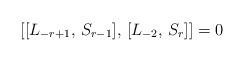
LaTeX: \begin{align*}[[L_{-r+1}, \, S_{r-1}], \,[L_{-2}, \, S_r]] = 0\end{align*}